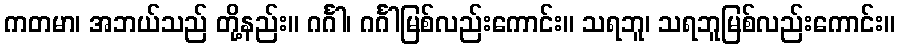
ကတမာ၊ အဘယ်သည် တို့နည်း။ ဂင်္ဂါ၊ ဂင်္ဂါမြစ်လည်းကောင်း။ သရဘူ၊ သရဘူမြစ်လည်းကောင်း။